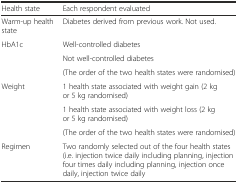
| Health state | Each respondent evaluated |
 | --- | --- |
 | Warm-up health state | Diabetes derived from previous work. Not used. |
 | <ROWSPAN=3> HbA1c | Well-controlled diabetes |
 | Not well-controlled diabetes |
 | (The order of the two health states were randomised) |
 | <ROWSPAN=3> Weight | 1 health state associated with weight gain (2 kg or 5 kg randomised) |
 | 1 health state associated with weight loss (2 kg or 5 kg randomised) |
 | (The order of the two health states were randomised) |
 | Regimen | Two randomly selected out of the four health states (i.e. injection twice daily including planning, injection four times daily including planning, injection once daily, injection twice daily |